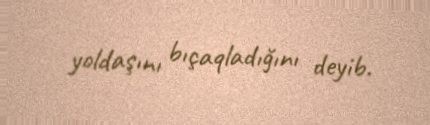
yoldaşını bıçaqladığını deyib.